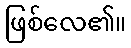
ဖြစ်လေ၏။